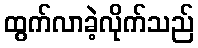
ထွက်လာခဲ့လိုက်သည်